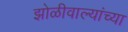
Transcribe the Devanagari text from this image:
झोळीवाल्यांच्या